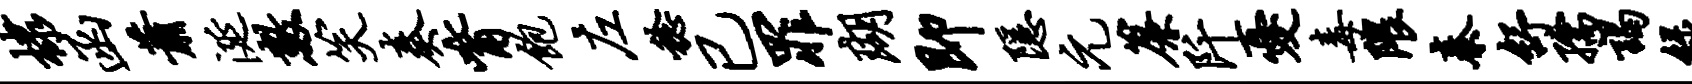
棣函萧涎数笑奏觜饱左稔已罪瑚即隐元帘阡忧毒隈秦舒孺谒绿